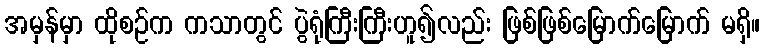
အမှန်မှာ ထိုစဉ်က ကသာတွင် ပွဲရုံကြီးကြီးဟူ၍လည်း ဖြစ်ဖြစ်မြောက်မြောက် မရှိ။